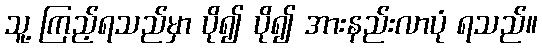
သူ့ ကြည့်ရသည်မှာ ပို၍ ပို၍ အားနည်းလာပုံ ရသည်။